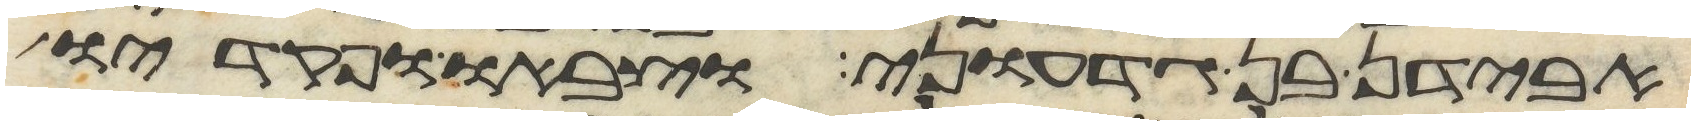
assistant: אבידן בן גדעוני וצבאו ופקדיו